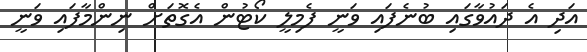
އަދި އެ ދައުވާގައި ބުނެފައި ވަނީ ފެމިލީ ކޯޓުން އެގޮތަށް ނިންމާފައި ވަނީ